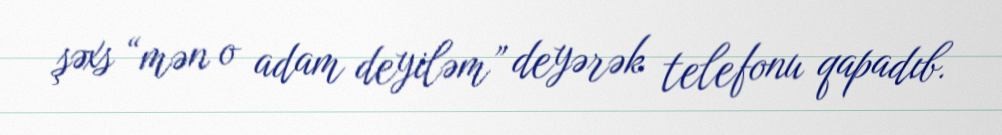
şəxs “mən o adam deyiləm” deyərək telefonu qapadıb.